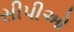
સીપીઓ